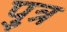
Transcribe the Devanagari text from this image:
पुत्र